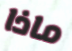
ماذا